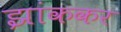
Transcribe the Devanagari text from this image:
झांककर